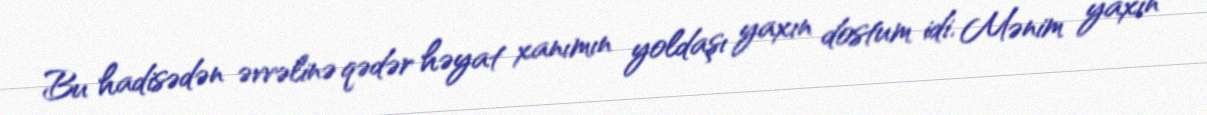
Bu hadisədən əvvəlinə qədər həyat xanımın yoldaşı yaxın dostum idi. Mənim yaxın